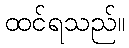
ထင်ရသည်။